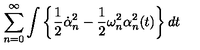
\sum _ { n = 0 } ^ { \infty } \int \left\{ \frac 1 2 \dot { \alpha } _ { n } ^ { 2 } - \frac 1 2 \omega _ { n } ^ { 2 } \alpha _ { n } ^ { 2 } ( t ) \right\} d t